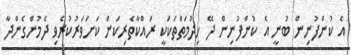
އެ ކުންފުނިން ބުނީ އެ ކުންފުނިން ދޭ ހިދުމަތްތަކަކީ ރައްކާތެރިކަން ކަށަވަރުކުރެވި ދެމުންގެންދާ